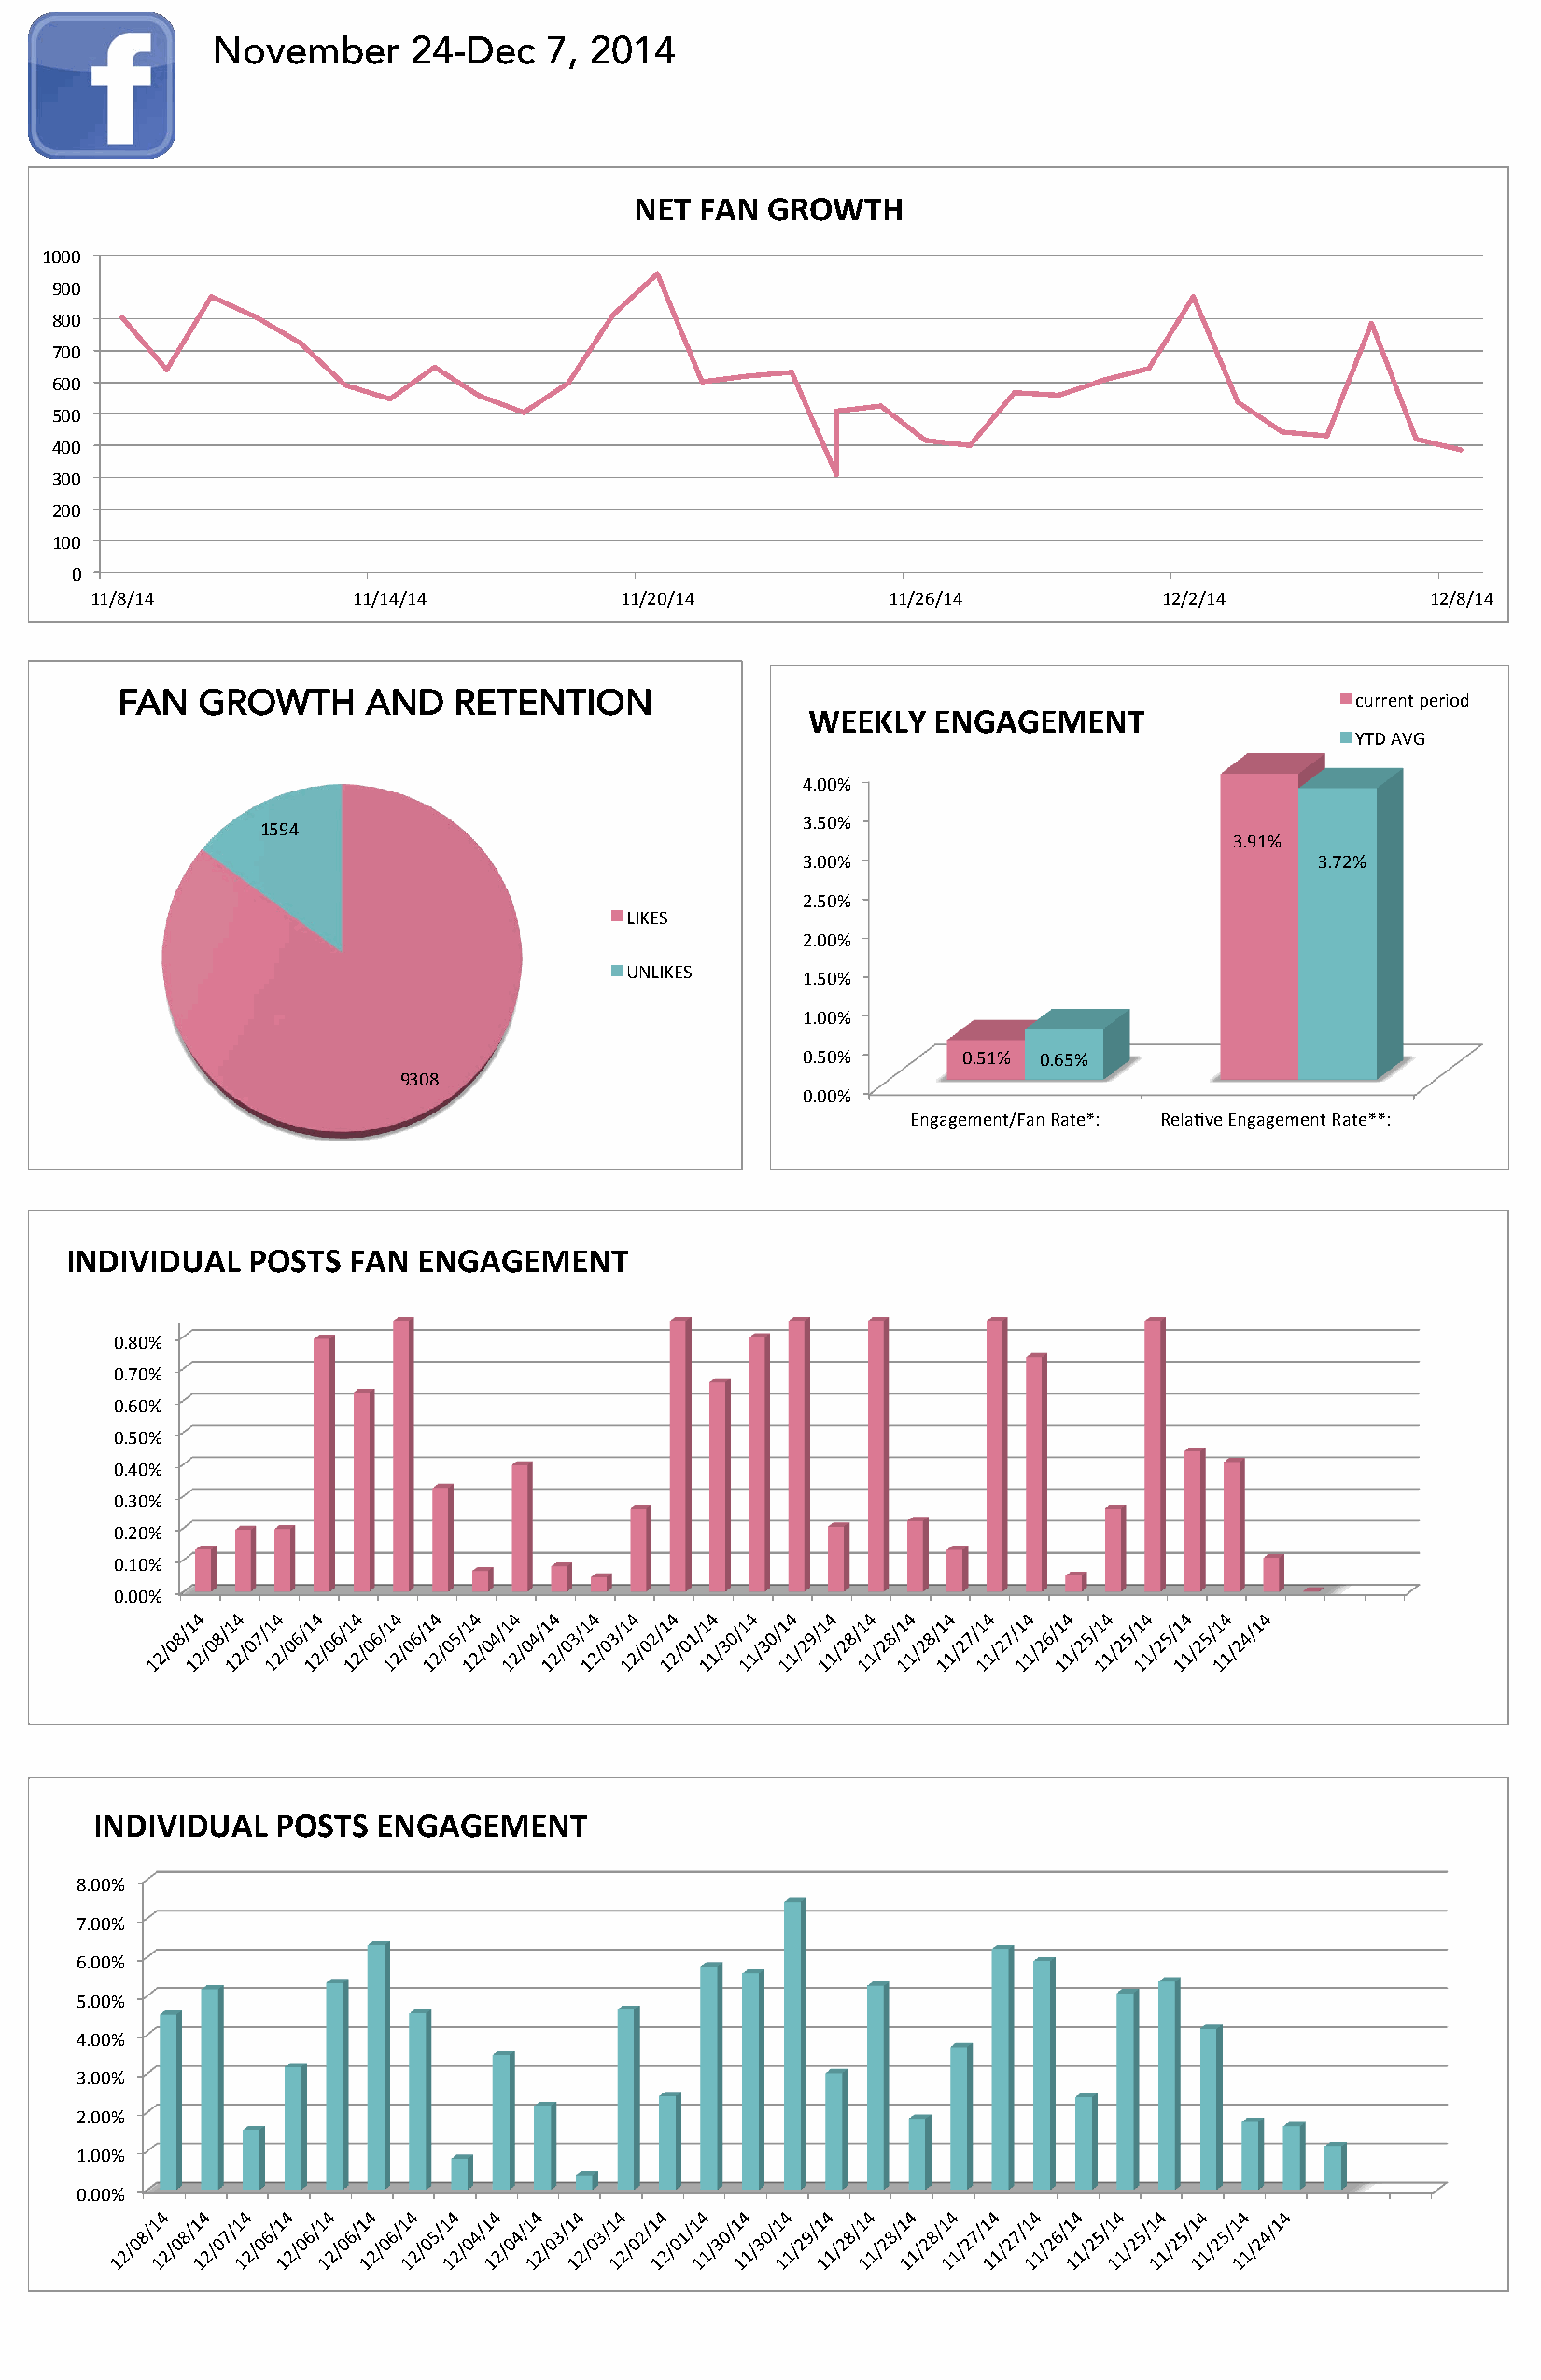
November      24-Dec    7, 2014
 NET  FAN GROWTH
 1000
 900
 800
 700
 600
 500
 400
 300
 200
 100
 0
 11/8/14            11/14/14           11/20/14           11/26/14           12/2/14            12/8/14
 FAN   GROWTH      AND   RETENTION                                                       current period
 WEEKLY   ENGAGEMENT
 YTD AVG
 4.00%
 1594                                   3.50%
 3.91%
 3.00%                               3.72%
 2.50%
 LIKES
 2.00%
 UNLIKES
 1.50%
 1.00%
 0.50%      0.51% 0.65%
 9308
 0.00%
 Engagement/Fan Rate*: Rela?ve Engagement Rate**:
 INDIVIDUAL   POSTS  FAN  ENGAGEMENT
 0.80%
 0.70%
 0.60%
 0.50%
 0.40%
 0.30%
 0.20%
 0.10%
 0.00%
 INDIVIDUAL   POSTS  ENGAGEMENT
 8.00%
 7.00%
 6.00%
 5.00%
 4.00%
 3.00%
 2.00%
 1.00%
 0.00%